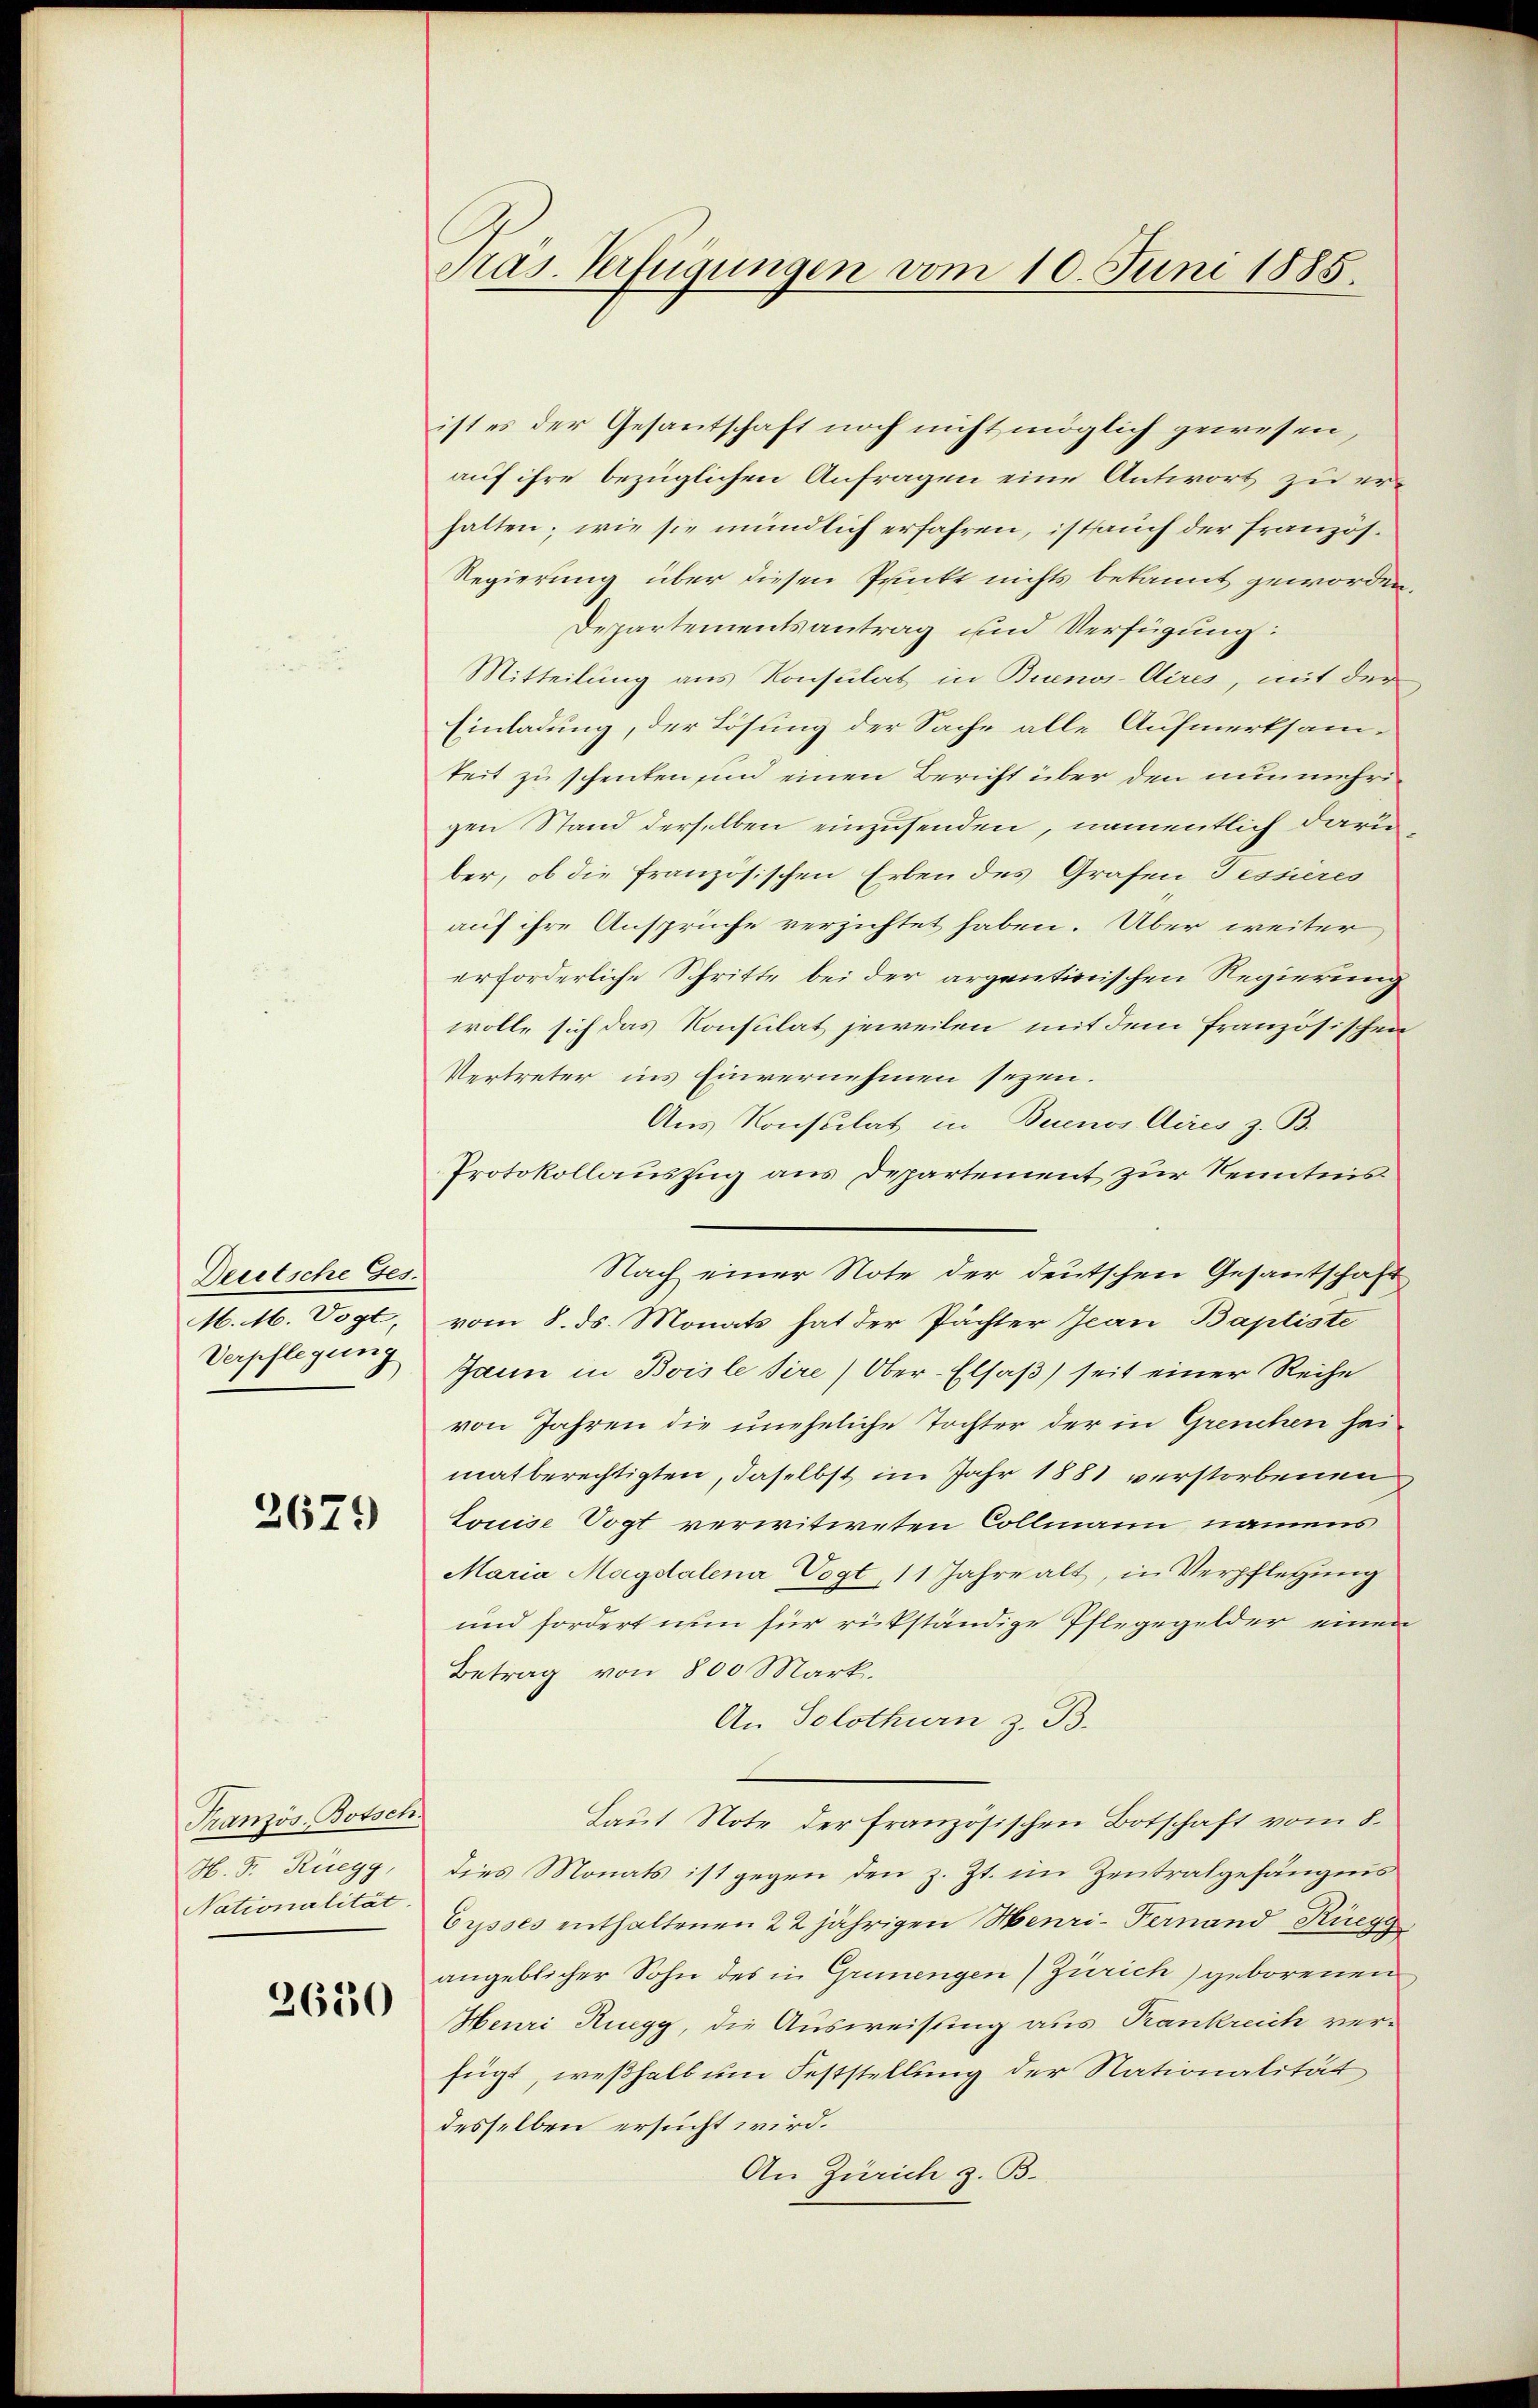
Deutsche Ges.
M. M. Vogt,
Verpflegung

2679

Französ. Botsch.
H. F. Ruegg,
Nationalität.

2650

Präs. Verfügungen vom 10. Juni 1885.

ist es der Gesantschaft noch nicht möglich gewesen,
auf ihre bezüglichen Anfragen eine Antwort zu erhalten; wie sie mündlich erfahren, ist auch der Französ.
Regierung über diesen Punkt nichts bekannt geworden
Departementsantrag und Verfügung:
Mitteilung aus Konsulat in Buenos Aires, mit der
Einladung, der Lösung der Sache alle Aufmerksam-
teit zu schenken, in einen Bericht über den nunmehrigen Stand derselben einzusenden, namentlich darüber, ob die französischen Erben des Grafen Tessieres
auf ihre Ansprüche verzichtet haben. Aber weiter
erforderliche Schritte bei der argentinischen Regierung
wolle sich das Konsulat jeweilen mit dem französischen
Vertreter ins Einvernehmen seyen.
Aus Konsulat in Buenos Aires z. B.
Protokollauszug aus Departement zur Kenntnis
Nach einer Note der deutschen Gesantschaft
vom 8. ds. Monats hat der Pächter Jean Baptiste
Jann in Boisle tire (Ober-Elsaß) seit einer Reihe
von Jahren die uneheliche Tochter der in Grenchen heimatberechtigten, daselbst im Jahr 1881 verstorbenen
Louise Vogt verwitweten Collmann namens
Maria Magdalena Vogt, 11 Jahre alt, in Verpflegung
und fordert nun für rükständige Pflegegelder einen
Betrag von 800 Mark.
An Solothurn z. B.
Laut Note der französischen Botschaft vom 8.
dies Monats ist gegen den z. Zt. im Zentralgefängnis
Cysses enthaltenen 22jährigen Menzi- Fernand Rüegg
angeblicher Sohn des in Grünengen (Zürich) geborenen
Henri Ruegg, die Ausweisung aus Kankreich ver-
fügt, weßhalb um Feststellung der Nationalität
desselben ersucht wird.
An Zürich z. B.